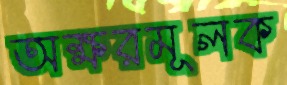
অক্ষরমূলক